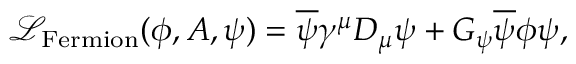
{ \mathcal { L } } _ { \mathrm { F e r m i o n } } ( \phi , A , \psi ) = { \overline { { \psi } } } \gamma ^ { \mu } D _ { \mu } \psi + G _ { \psi } { \overline { { \psi } } } \phi \psi ,